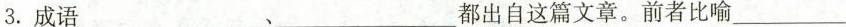
3.成语___、___都出自这篇文章。前者比喻___